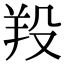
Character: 羖